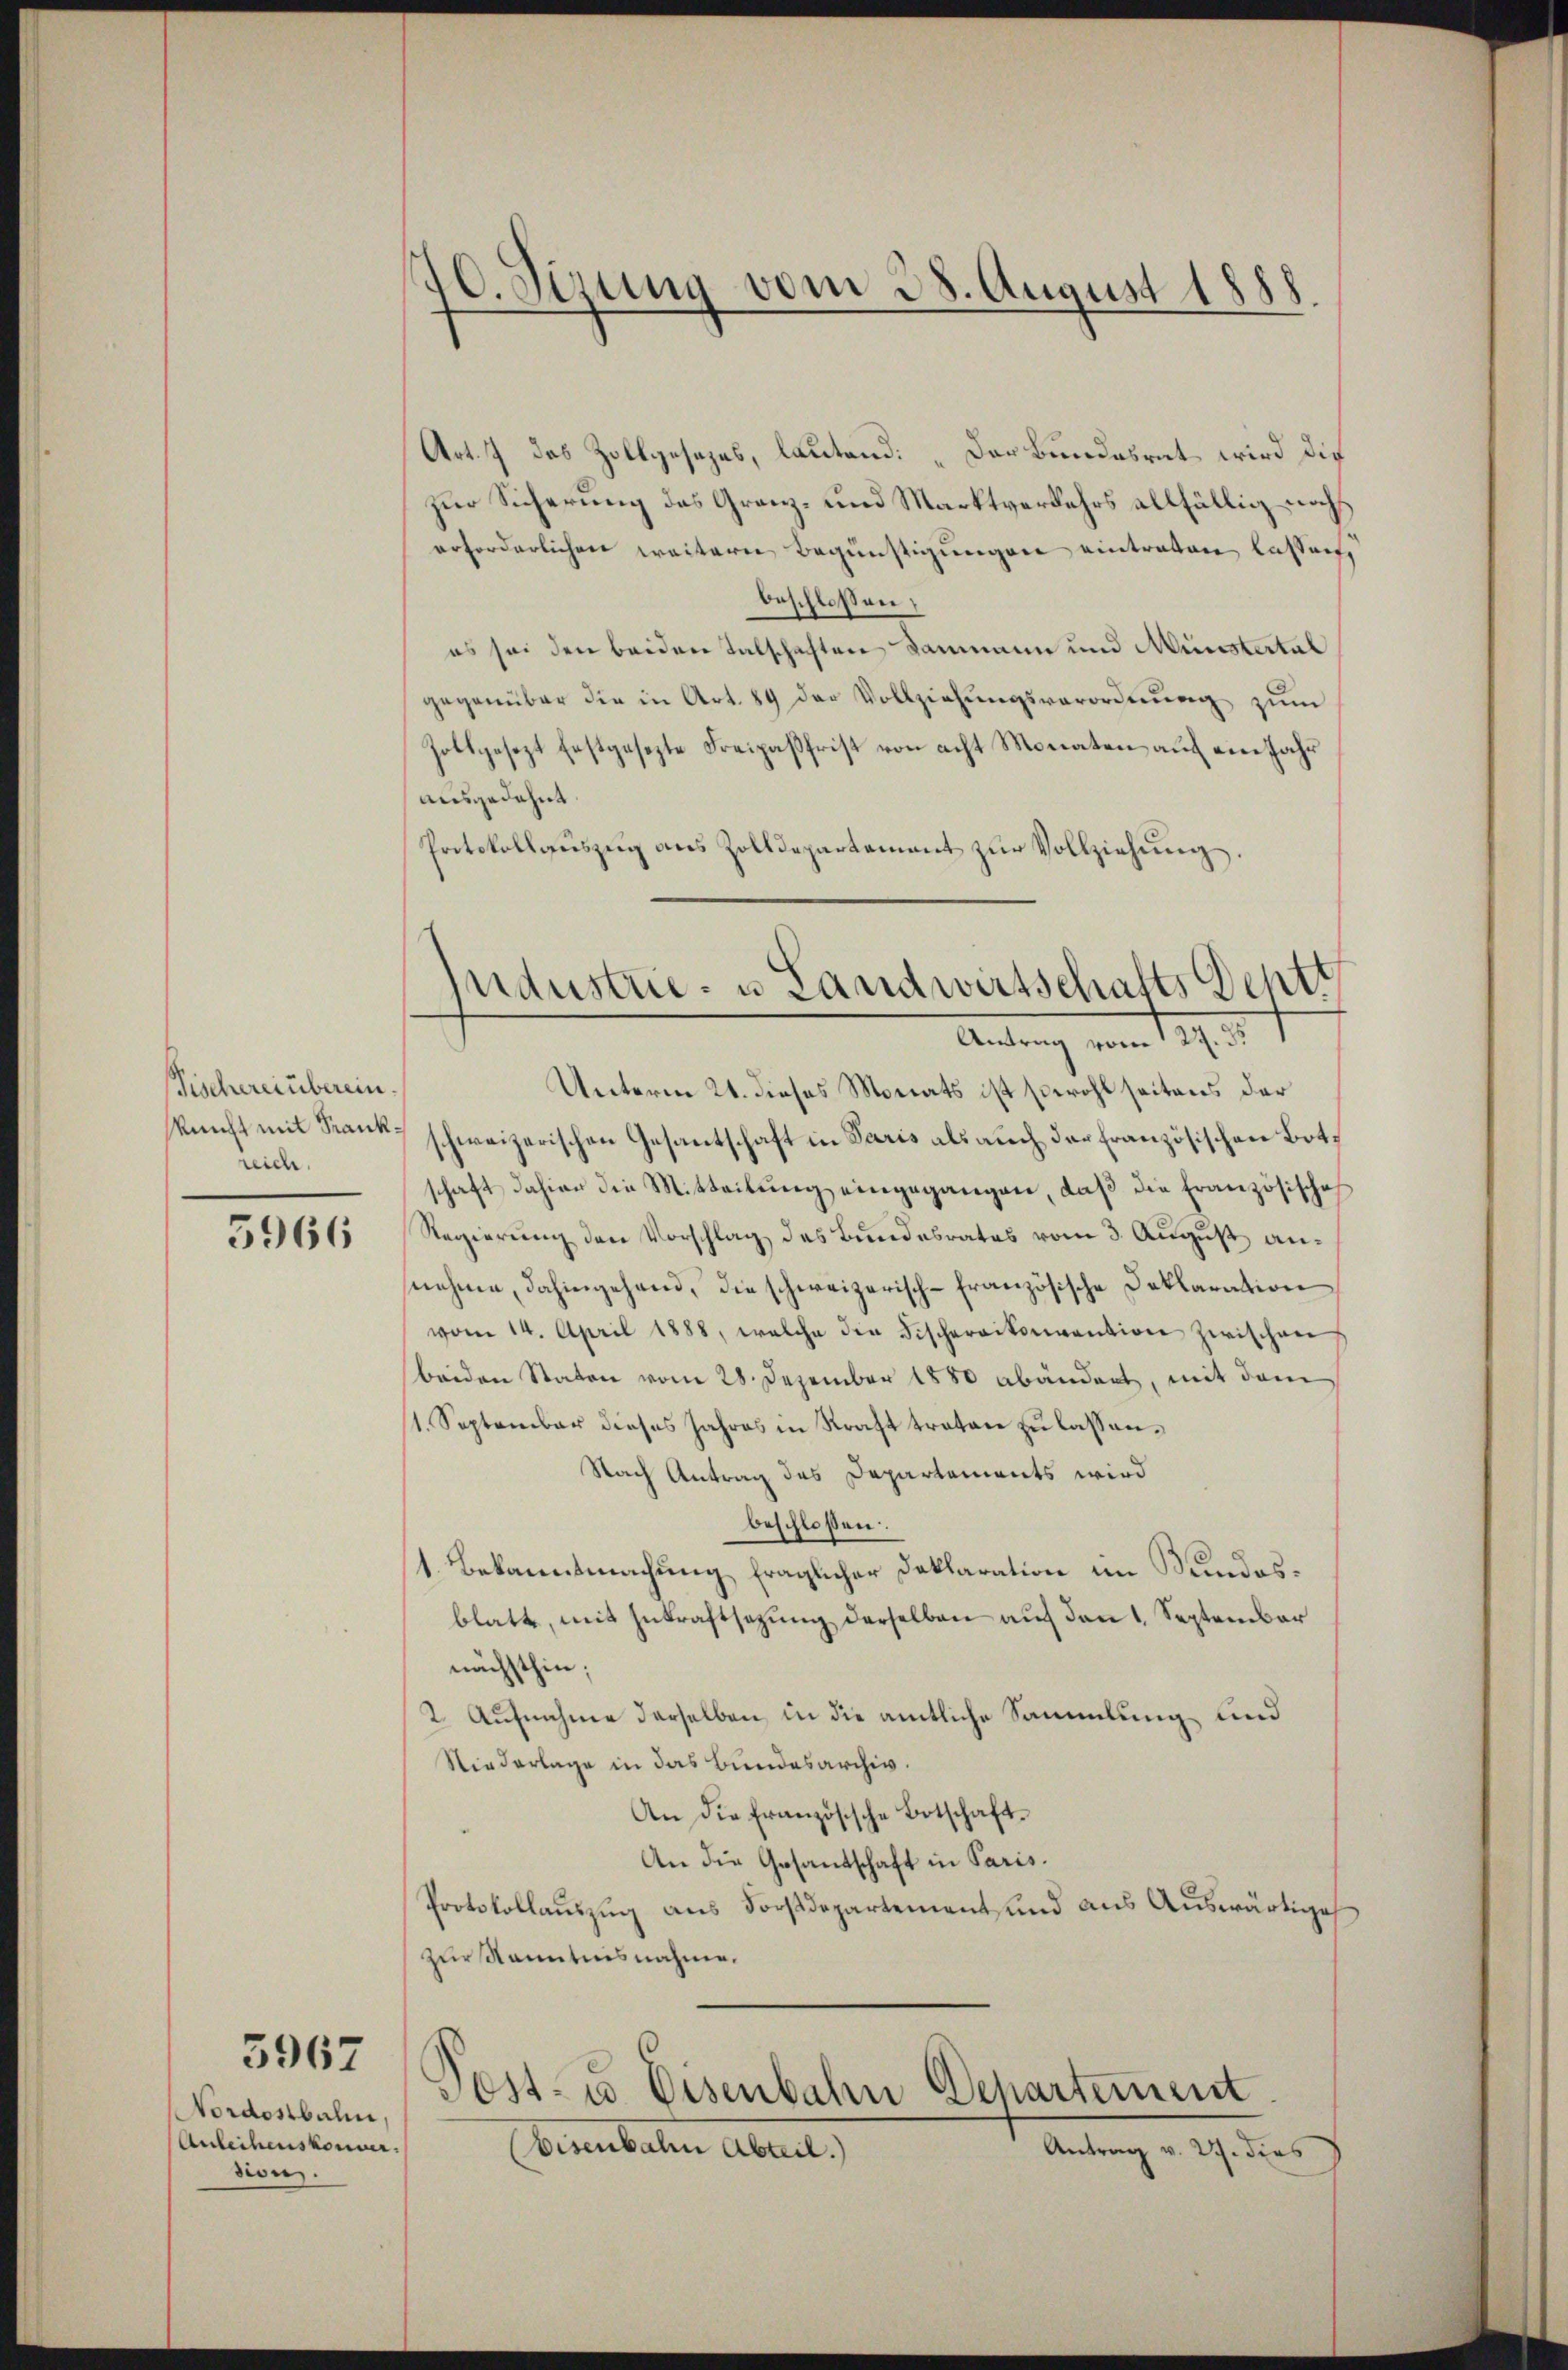
Fischereinberein.
Reicht mit Krankreich.

5966

3967

Nordostbahn,
Anleihenskommer.
dion.

40. Sirung vom 28. August
88.

Industrie- u Landwirtschafts Dehtt
Autung vom 19. 27. v.
Unterm 21. dieses Monats ist sowohl seitens der

Art. 7 des Zollgesezes, lautend: „Der Bundesrat wird die
zur Sicherung des Granz- und Marktverkehrs allfällig noch
erforderlichen weitern Begünstigungen eintraten lassen,
beschlossen,
es sei den beiden tatschaften Dammann und Münstertal
gegenüber die in Art. 89 der Vollziehŭngsverordnŭng zŭm
Zollgesezt festgesezte Freipaβfrist von acht Monaten auf eine Jahr
ausgedehnt.
Protokollaŭszŭg ans Zolldepartement zŭr Vollziehung.
schweizerischen Gesantschaft in Paris als auch der Französischen Botschaft dahier die Mitteilung eingegangen, daß die französische
Regierung den Vorschlag des Bundesrates vom 3. August annehme, dahingehend, die schweizerisch-französische Deklaration
vom 14. April 1888, welche die Fischereiterention zwischen
beiden Staten vom 28. Dezember 1880 abändert, mit dem
(1. September dieses Jahres in Kraft traten zu lassen¬
Nach Antrag des Departements wird
beschloßen.
1. Bekanntmachung fraglicher Deklaration im Bundesblatt, mit Inkraftsetzung derselben auf den 1. September
nächsthin;
2. Aufnahme derselben in die amtliche Sammlung und
Niederlage in das Bundesarchiv.
An die Französische Botschaft¬
An die Gesantschaft in Paris.
Protokollauszug aus Forstdepartement, und aus Auswärtiges
zur Kenntnisnahme.

Post- u Eisenbahn Departement
Eisenbahr Abteil.)
Antrag v. 27. dies